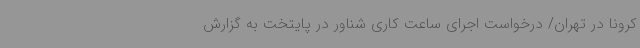
کرونا در تهران/ درخواست اجرای ساعت کاری شناور در پایتخت به گزارش